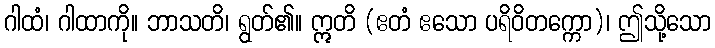
ဂါထံ၊ ဂါထာကို။ ဘာသတိ၊ ရွတ်၏။ ဣတိ (ဧတံ ဧသော ပရိဝိတက္ကော)၊ ဤသို့သော